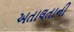
અતાલતાની